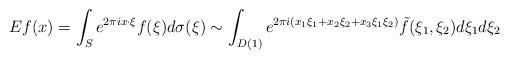
\begin{align*}E f(x) = \int_S e^{2 \pi i x \cdot \xi} f(\xi) d\sigma(\xi)\sim \int_{D(1)} e^{2 \pi i(x_1\xi_1+x_2\xi_2+x_3 \xi_1\xi_2)} \tilde f(\xi_1,\xi_2) d \xi_1 d\xi_2\end{align*}